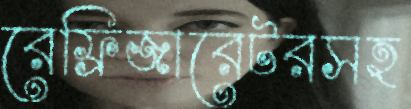
রেফ্রিজারেটরসহ